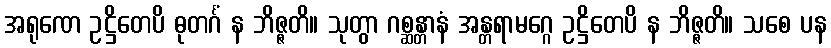
အရုဏေ ဥဋ္ဌိတေပိ ဓုတင်္ဂံ န ဘိဇ္ဇတိ။ သုတွာ ဂစ္ဆန္တာနံ အန္တရာမဂ္ဂေ ဥဋ္ဌိတေပိ န ဘိဇ္ဇတိ။ သစေ ပန